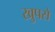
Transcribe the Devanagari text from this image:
खुपसे